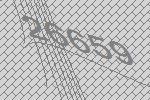
26659